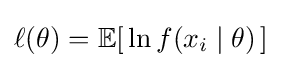
\ell (\theta )=\operatorname {\mathbb {E} } [\,\ln f(x_{i}\mid \theta )\,]